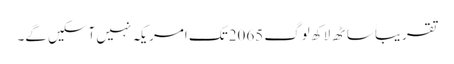
تقریباََ ساٹھ لاکھ لوگ 2065تک امریکہ نہیں آسکیں گے۔